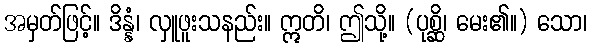
အမှတ်ဖြင့်။ ဒိန္နံ၊ လှူဖူးသနည်း။ ဣတိ၊ ဤသို့။ (ပုစ္ဆိ၊ မေး၏။) သော၊